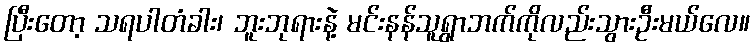
ပြီးတော့ သရပါတံခါး၊ ဘူးဘုရားနဲ့ မင်းနန်သူရွာဘက်ကိုလည်းသွားဦးမယ်လေ။